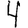
Digit: 4